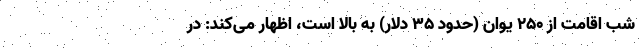
شب اقامت از ۲۵۰ یوان (حدود ۳۵ دلار) به بالا است، اظهار می‌کند: در